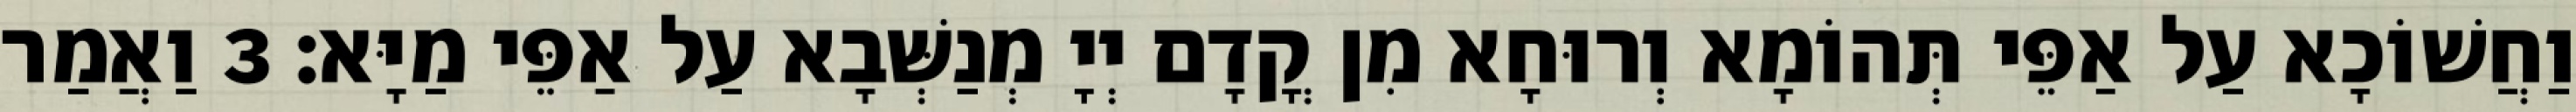
וַחֲשׁוֹכָא עַל אַפֵּי תְּהוֹמָא וְרוּחָא מִן קֳדָם יְיָ מְנַשְּׁבָא עַל אַפֵּי מַיָּא׃ 3 וַאֲמַר